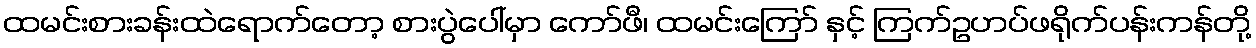
ထမင်းစားခန်းထဲရောက်တော့ စားပွဲပေါ်မှာ ကော်ဖီ၊ ထမင်းကြော် နှင့် ကြက်ဥဟပ်ဖရိုက်ပန်းကန်တို့